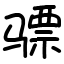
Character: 骠